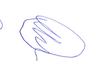
Signature authenticity: forged